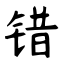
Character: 错